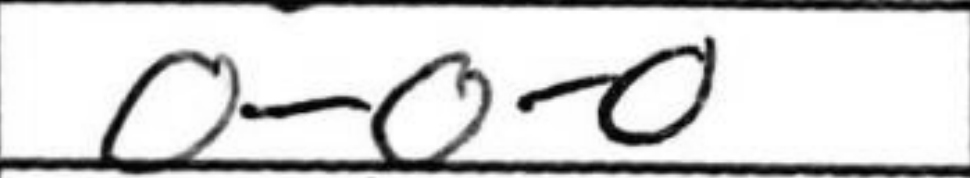
Transcription: O-O-O